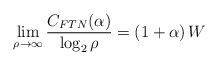
\begin{align*}\lim_{\rho\to\infty} \frac{C_{FTN}(\alpha)}{\log_{2}\rho}= \left(1+\alpha\right)W\end{align*}